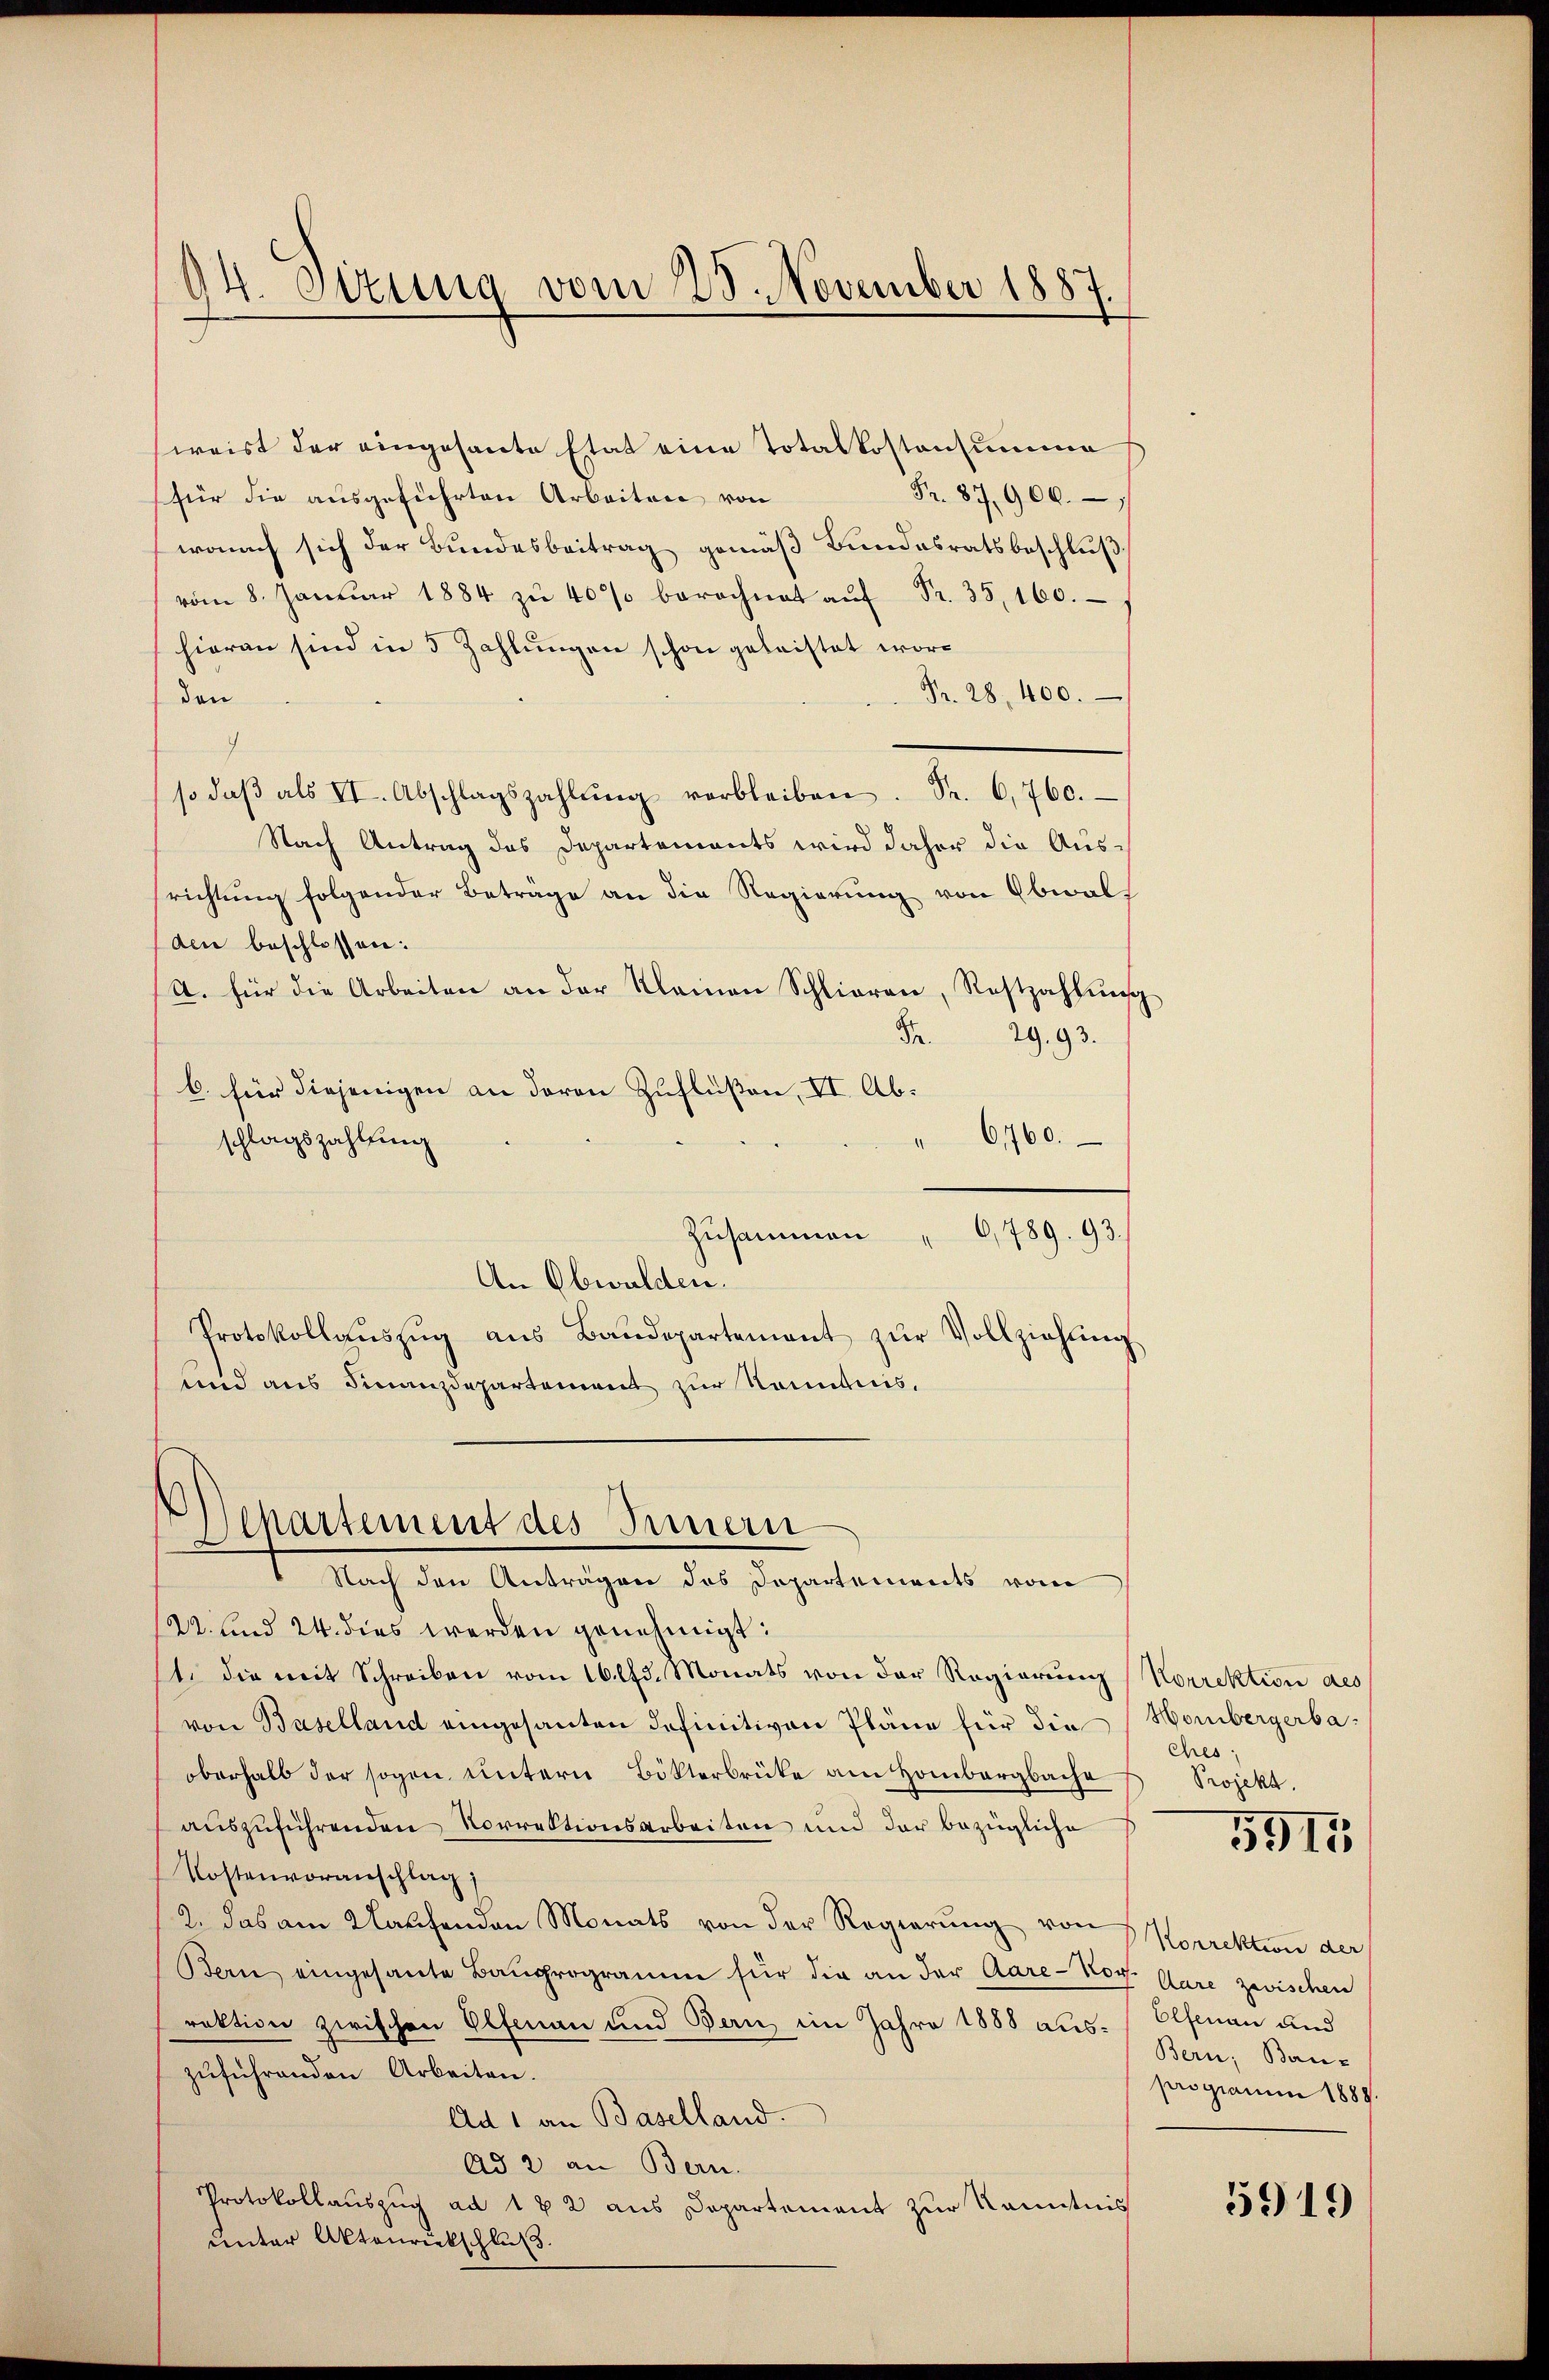
14. Dezung vom 23. November 1887.

sweist der eingesante Etat eine Totalkostensumme
Fr. 87, 900.
für die ausgeführten Arbeiten von
wonach sich der Bundesbeitrag gemäβ Bundesratsbeschlŭβ
vom 8. Janŭar 1884 zŭ 40% berechnet aŭf Fr. 35, 160.
hieran sind in 5 Zahlŭngen schon geleistet wor¬
Pr. 28. 400.
den
n
so daβ als VI. Abschlagszahlŭng verbleiben. Fr. 6,760.
Nach Antrag des Departements wird daher die Aus-
richtung folgender Beträge an die Regierung von Obwalt
din beschlossen:
A. für die Arbeiten an der Kleinen Schlieren, Restzahlŭng
Fr. 29. 93.
C. für diejenigen an deren Zuflüßen, VI. Ab¬
" 660.
schlagszahlung
Zusammen " 0,789. 93.
An Obwalden.
Protokollaŭszŭg aŭs Baŭdepartement zŭr Vollziehŭng
und aus Finanzdepartement zur Kenntnis,
Departement des Innern
Nach den Anträgen des Departements vom

2. und 24. dies werden genehmigt:
st. die mit Schreiben vom 16. d. Monats von der Regierung Korrektion des
von Baselland eingesanten definitiven Pläne für die Hombergerbaoberhalb der sogen untern Bötterbrüke am Hombergbache
auszuführenden Vorrektionsarbeiten und der bezügliche
Kostenvoranschlag
2. das am Klaŭfenden Monats von der Regierŭng von Korrektion der
Bern eingesante Baŭprogramm für die an der Aare-Nov. Aare zwischen
rektion zwischen Olfmann und Bern im Jahre 1888 aus-Olfenan und
zŭführenden Arbeiten.
Ad 1 an Baselland.
Ad 2 an Bern.
Protokollauszug ad 1 x 2 aus Departement zur Kenntnis
unter Aktenrückschluß.

Ches;
Projekt.

5915

Bern, Bau-
progiani 1888

5919